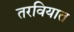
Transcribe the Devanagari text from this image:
तरवियात